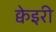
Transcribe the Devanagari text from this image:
क्वेइरी